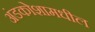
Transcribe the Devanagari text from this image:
अंडकोशामधील